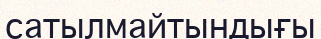
сатылмайтындығы